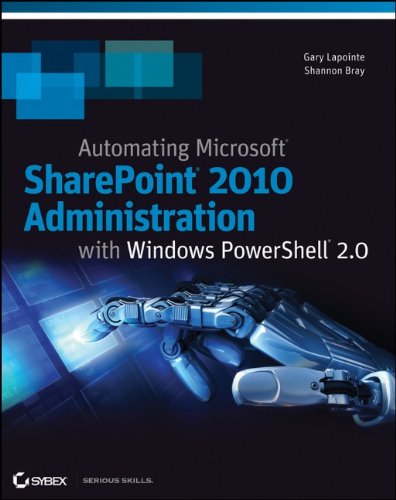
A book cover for Automating SharePoint 2010 with Windows PowerShell 2.0; Gary Lapointe; Computers & Technology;